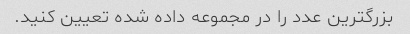
بزرگترین عدد را در مجموعه داده شده تعیین کنید.